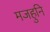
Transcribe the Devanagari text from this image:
मजहुनि